Report of the Indian Hemp Drugs Commission, 1894-1895 - Volume V
Year: 1894
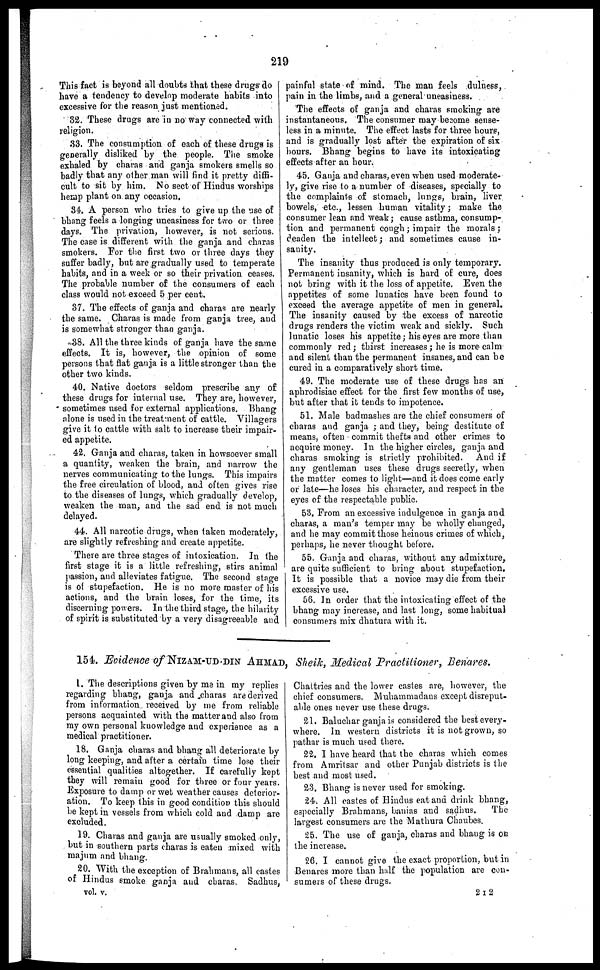
219
This fact is beyond all doubts that these drugs do
have a tendency to develop moderate habits into
excessive for the reason just mentioned.
32. These drugs are in no way connected with
religion.
33. The consumption of each of these drugs is
generally disliked by the people. The smoke
exhaled by charas and ganja smokers smells so
badly that any other man will find it pretty diffi-
cult to sit by him. No sect of Hindus worships
hemp plant on any occasion,
34. A person who tries to give up the use of
bhang feels a longing uneasiness for two or three
days. The privation, however, is not serious.
The case is different with the ganja and charas
smokers. For the first two or three days they
suffer badly, but are gradually used to temperate
habits, and in a week or so their privation ceases.
The probable number of the consumers of each
class would not exceed 5 per cent.
37. The effects of ganja and charas are nearly
the same. Charas is made from ganja tree, and
is somewhat stronger than ganja.
38. All the three kinds of ganja have the same
effects. It is, however, the opinion of some
persons that flat ganja is a little stronger than the
other two kinds.
40. Native doctors seldom prescribe any of
these drugs for internal use. They are, however,
sometimes used for external applications. Bhang
alone is used in the treatment of cattle. Villagers
give it to cattle with salt to increase their impair-
ed appetite.
42. Ganja and charas, taken in howsoever small
a quantity, weaken the brain, and narrow the
nerves communicating to the lungs. This impairs
the free circulation of blood, and often gives rise
to the diseases of lungs, which gradually develop,
weaken the man, and the sad end is not much
delayed.
44. All narcotic drugs, when taken moderately,
are slightly refreshing and create appetite.
There are three stages of intoxication. In the
first stage it is a little refreshing, stirs animal
passion, and alleviates fatigue. The second stage
is of stupefaction. He is no more master of his
actions, and the brain loses, for the time, its
discerning powers. In the third stage, the hilarity
of spirit is substituted by a very disagreeable and
painful state of mind. The man feels dulness,
pain in the limbs, and a general uneasiness.
The effects of ganja and charas smoking are
instantaneous. The consumer may become sense-
less in a minute. The effect lasts for three hours,
and is gradually lost after the expiration of six
hours. Bhang begins to have its intoxicating
effects after an hour.
45. Ganja and charas, even when used moderate-
ly, give rise to a number of diseases, specially to
the complaints of stomach, lungs, brain, liver
bowels, etc., lessen human vitality ; make the
consumer lean and weak ; cause asthma, consump-
tion and permanent cough ; impair the morals ;
deaden the intellect ; and sometimes cause in-
sauity.
The insanity thus produced is only temporary.
Permanent insanity, which is hard of cure, does
not bring with it the loss of appetite. Even the
appetites of some lunatics have been found to
exceed the average appetite of men in general.
The insanity caused by the excess of narcotic
drugs renders the victim weak and sickly. Such
lunatic loses his appetite ; his eyes are more than
commonly red ; thirst increases ; he is more calm
and silent than the permanent insanes, and can be
cured in a comparatively short time.
49. The moderate use of these drugs has an
aphrodisiac effect for the first few months of use,
but after that it tends to impotence.
51. Male badmashes are the chief consumers of
charas and ganja ; and they, being destitute of
means, often commit thefts and other crimes to
acquire money. In the higher circles, ganja and
charas smoking is strictly prohibited. And if
any gentleman uses these drugs secretly, when
the matter comes to light—and it does come early
or late—he loses his character, and respect in the
eyes of the respectable public.
53, From an excessive indulgence in ganja and
charas, a man's temper may be wholly changed,
and he may commit those heinous crimes of which,
perhaps, he never thought before.
55. Ganja and charas, without any admixture,
are quite sufficient to bring about stupefaction.
It is possible that a novice may die from their
excessive use.
56. In order that the intoxicating effect of the
bhang may increase, and last long, some habitual
consumers mix dhatura with it.
154. Evidence of NIZAM-UD-DIN AHMAD , Sheik, Medical Practitioner, Benares.
1. The descriptions given by me in my replies
regarding bhang, ganja and charas are derived
from information received by me from reliable
persons acquainted with the matter and also from
my own personal knowledge and experience as a
medical practitioner.
18. Ganja charas and bhang all deteriorate by
long keeping, and after a certain time lose their
essential qualities altogether. If carefully kept
they will remain good for three or four years.
Exposure to damp or wet weather causes deterior-
ation. To keep this in good condition this should
be kept in vessels from which cold and damp are
excluded.
19. Charas and ganja are usually smoked only,
but in southern parts charas is eaten mixed with
majum and bhang.
20. With the exception of Brahmans, all castes
of Hindus smoke ganja and charas. Sadhus,
Chaltries and the lower castes are, however, the
chief consumers. Muhammadans except disreput-
able ones never use these drugs.
81. Baluchar ganja is considered the best every-
where. In western districts it is not grown, so
pathar is much used there.
22. I have heard that the charas which comes
from Amritsar and other Punjab districts is the
best and most used.
23. Bhang is never used for smoking.
24. All castes of Hindus eat and drink bhang,
especially Brahmans, banias and sadhus.
The
largest consumers are the Mathura Chaubes.
25. The use of ganja, charas and bhang is on
the increase.
26. I cannot give the exact proportion, but in
Benares more than half the population are con-
sumers of these drugs.
vol. v.
2 I 2